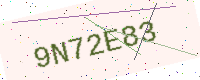
Text: 9N72E83